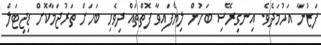
ފަޒުނާ އަހުމަދެވެ. އިނގިރޭސި ބަހުން ލިޔެފައިވާ ފޮތްތައް ދިވެހި ބަހަށް ތަރުޖަމާކޮށް ޑިޖިޓަލް